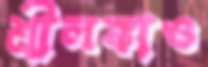
শ্রীলঙ্কাও